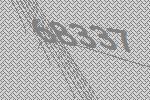
68337